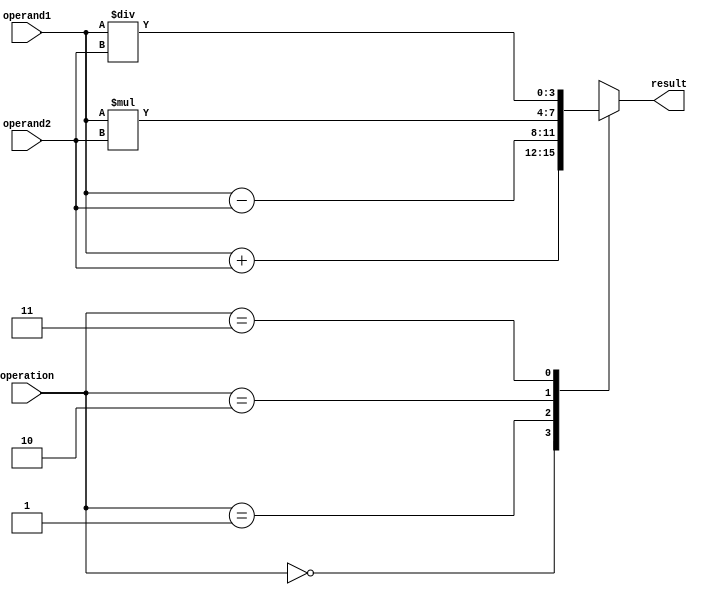
module ALU (
    input [3:0] operand1,
    input [3:0] operand2,
    input [1:0] operation, // 00: addition, 01: subtraction, 10: multiplication, 11: division
    output [3:0] result
    // add additional output ports for status flags if needed
);

reg [3:0] result;

always @(*)
begin
    case(operation)
        2'b00: // Addition
            result = operand1 + operand2;
        2'b01: // Subtraction
            result = operand1 - operand2;
        2'b10: // Multiplication
            result = operand1 * operand2;
        2'b11: // Division
            result = operand1 / operand2;
    endcase
end

endmodule